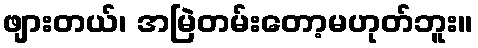
ဖျားတယ်၊ အမြဲတမ်းတော့မဟုတ်ဘူး။